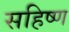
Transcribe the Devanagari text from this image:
सहिष्ण